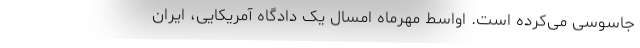
جاسوسی می‌کرده‌ است. اواسط مهرماه امسال یک دادگاه آمریکایی، ایران